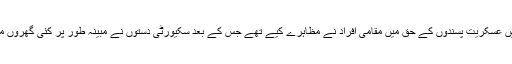
کارروائی کے دوران علاقے میں عسکریت پسندوں کے حق میں مقامی افراد نے مظاہرے کیے تھے جس کے بعد سکیورٹی دستوں نے مُبینہ طور پر کئی گھروں میں گھس کر توڑ پھوڑ کی تھی۔